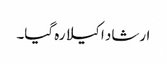
ارشاد اکیلا رہ گیا۔